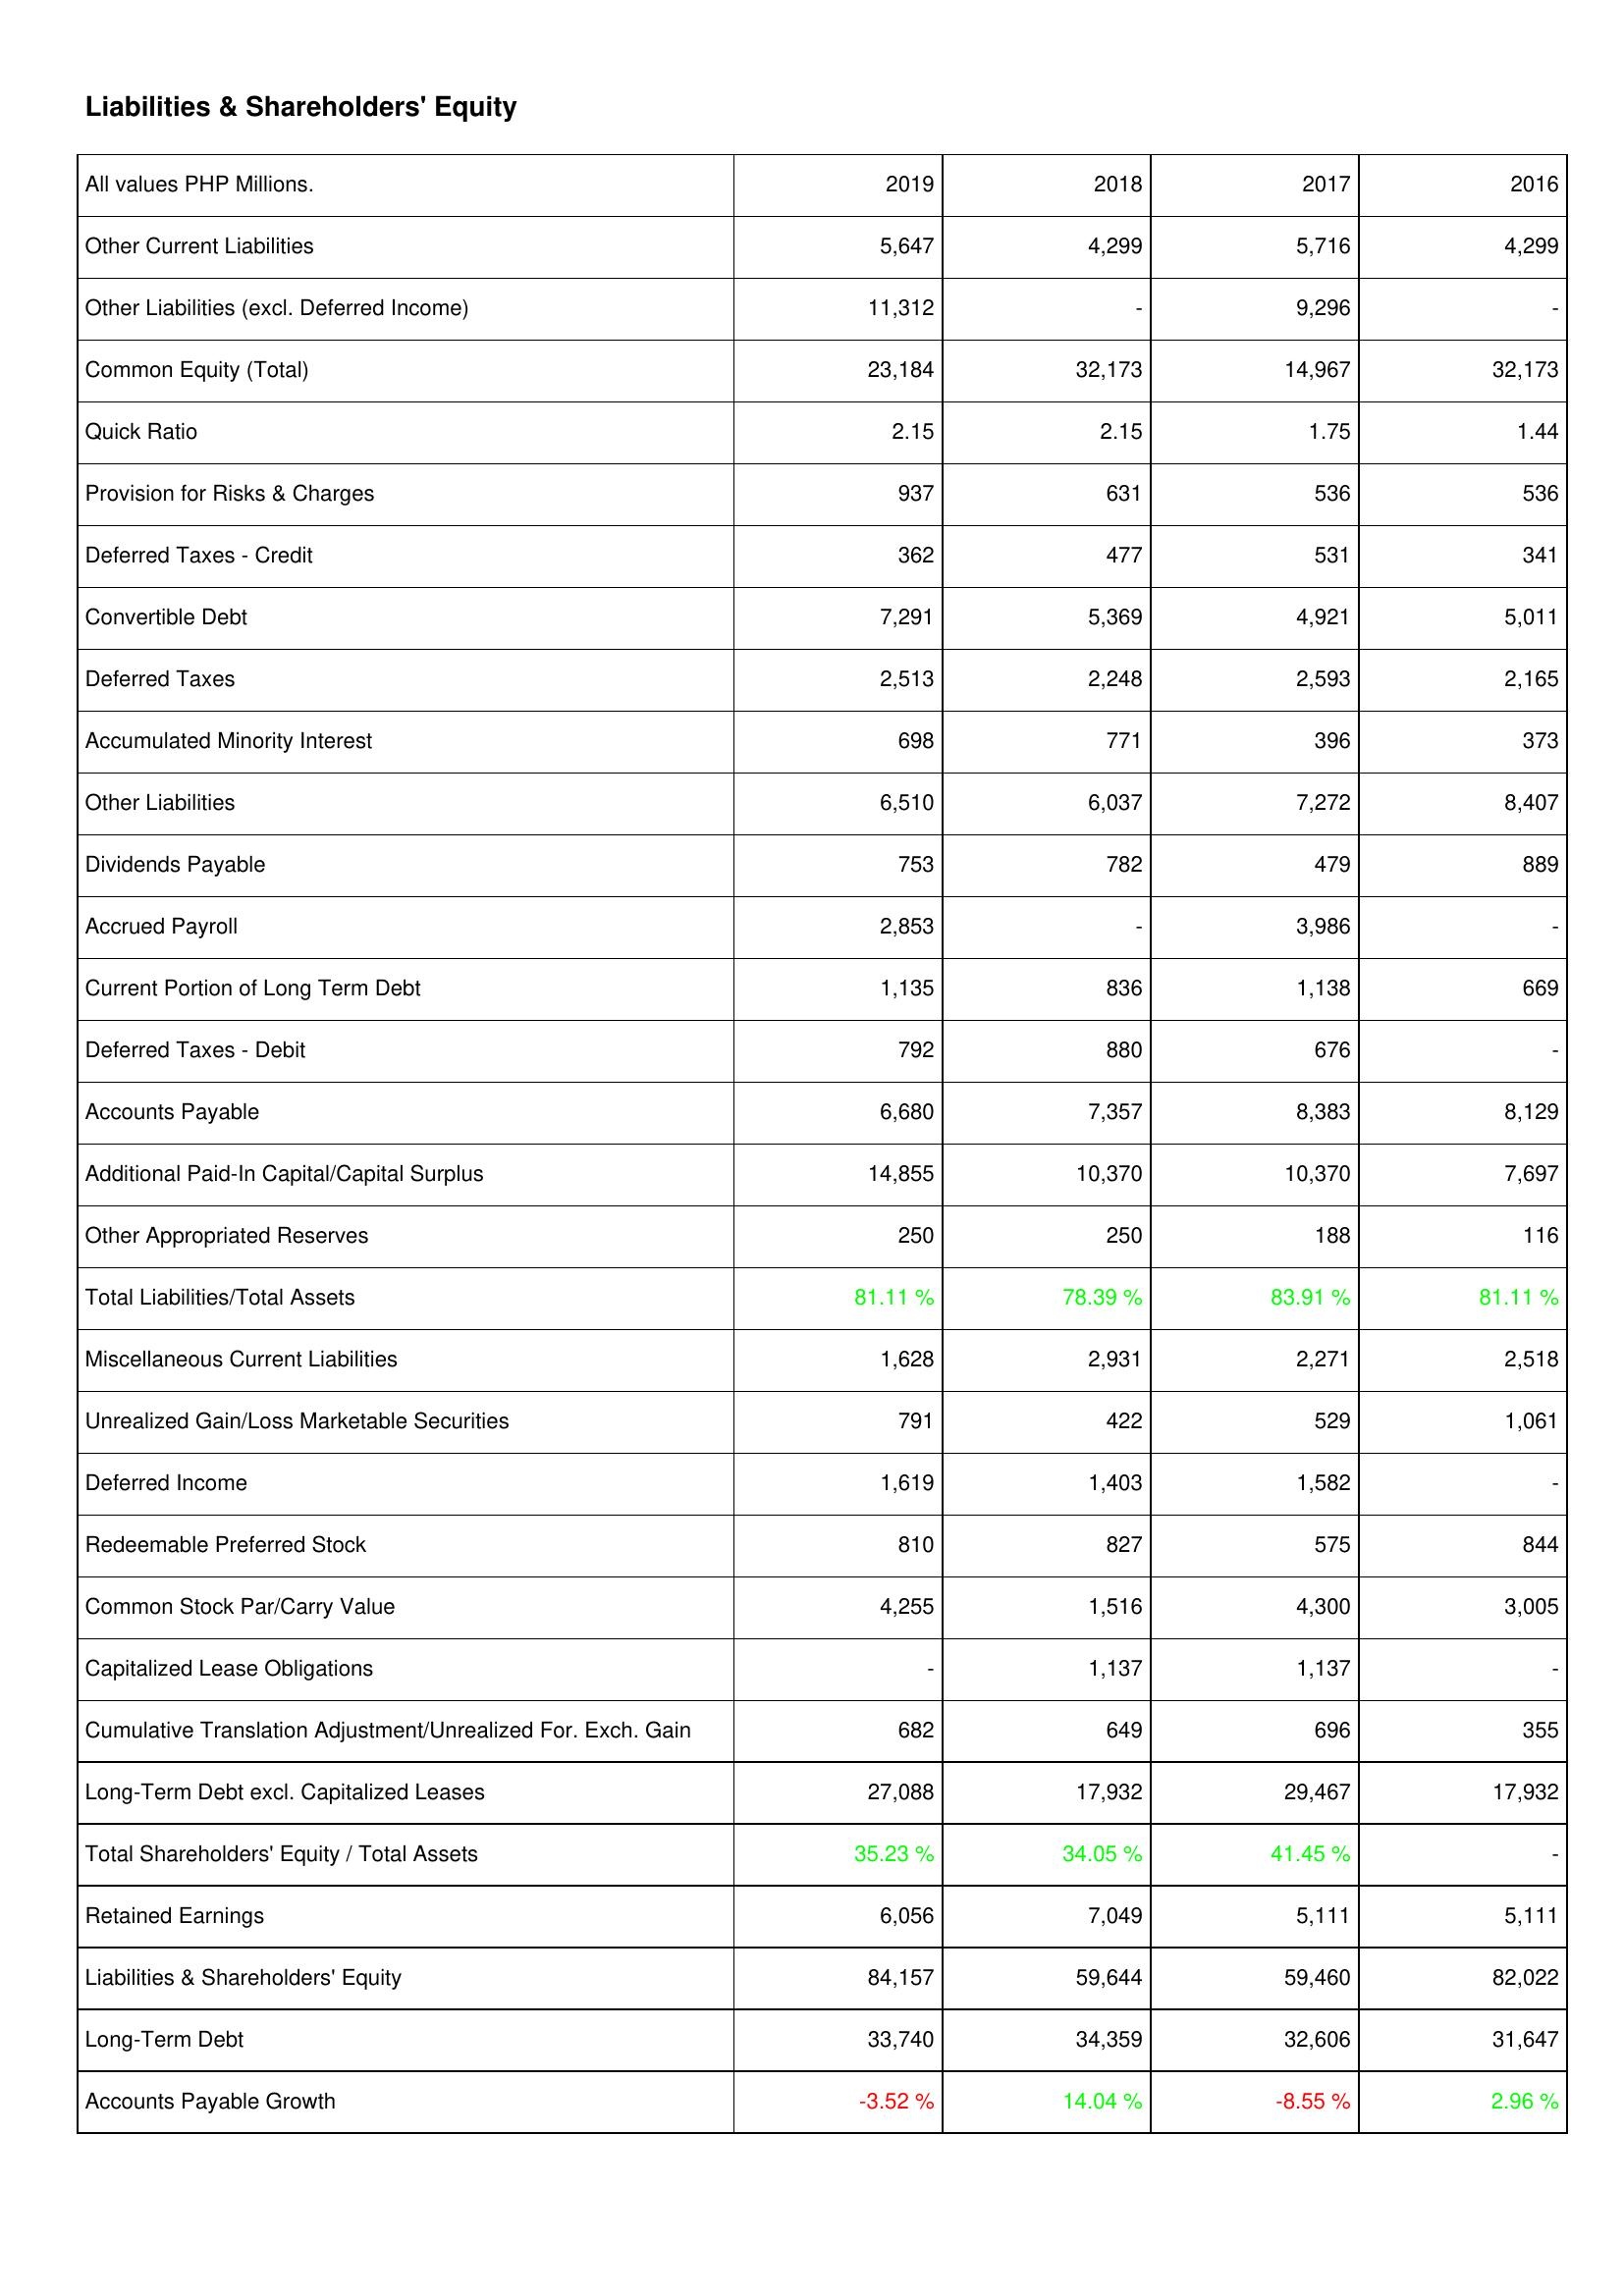
2019: Liabilities & Shareholders' Equity: Other Current Liabilities: 5,647
Other Liabilities (excl. Deferred Income): 11,312
Common Equity (Total): 23,184
Quick Ratio: 2.15
Provision for Risks & Charges: 937
Deferred Taxes - Credit: 362
Convertible Debt: 7,291
Deferred Taxes: 2,513
Accumulated Minority Interest: 698
Other Liabilities: 6,510
Dividends Payable: 753
Accrued Payroll: 2,853
Current Portion of Long Term Debt: 1,135
Deferred Taxes - Debit: 792
Accounts Payable: 6,680
Additional Paid-In Capital/Capital Surplus: 14,855
Other Appropriated Reserves: 250
Total Liabilities/Total Assets: 81.11 %
Miscellaneous Current Liabilities: 1,628
Unrealized Gain/Loss Marketable Securities: 791
Deferred Income: 1,619
Redeemable Preferred Stock: 810
Common Stock Par/Carry Value: 4,255
Capitalized Lease Obligations: -
Cumulative Translation Adjustment/Unrealized For. Exch. Gain: 682
Long-Term Debt excl. Capitalized Leases: 27,088
Total Shareholders' Equity / Total Assets: 35.23 %
Retained Earnings: 6,056
Liabilities & Shareholders' Equity: 84,157
Long-Term Debt: 33,740
Accounts Payable Growth: -3.52 %
2018: Liabilities & Shareholders' Equity: Other Current Liabilities: 4,299
Other Liabilities (excl. Deferred Income): -
Common Equity (Total): 32,173
Quick Ratio: 2.15
Provision for Risks & Charges: 631
Deferred Taxes - Credit: 477
Convertible Debt: 5,369
Deferred Taxes: 2,248
Accumulated Minority Interest: 771
Other Liabilities: 6,037
Dividends Payable: 782
Accrued Payroll: -
Current Portion of Long Term Debt: 836
Deferred Taxes - Debit: 880
Accounts Payable: 7,357
Additional Paid-In Capital/Capital Surplus: 10,370
Other Appropriated Reserves: 250
Total Liabilities/Total Assets: 78.39 %
Miscellaneous Current Liabilities: 2,931
Unrealized Gain/Loss Marketable Securities: 422
Deferred Income: 1,403
Redeemable Preferred Stock: 827
Common Stock Par/Carry Value: 1,516
Capitalized Lease Obligations: 1,137
Cumulative Translation Adjustment/Unrealized For. Exch. Gain: 649
Long-Term Debt excl. Capitalized Leases: 17,932
Total Shareholders' Equity / Total Assets: 34.05 %
Retained Earnings: 7,049
Liabilities & Shareholders' Equity: 59,644
Long-Term Debt: 34,359
Accounts Payable Growth: 14.04 %
2017: Liabilities & Shareholders' Equity: Other Current Liabilities: 5,716
Other Liabilities (excl. Deferred Income): 9,296
Common Equity (Total): 14,967
Quick Ratio: 1.75
Provision for Risks & Charges: 536
Deferred Taxes - Credit: 531
Convertible Debt: 4,921
Deferred Taxes: 2,593
Accumulated Minority Interest: 396
Other Liabilities: 7,272
Dividends Payable: 479
Accrued Payroll: 3,986
Current Portion of Long Term Debt: 1,138
Deferred Taxes - Debit: 676
Accounts Payable: 8,383
Additional Paid-In Capital/Capital Surplus: 10,370
Other Appropriated Reserves: 188
Total Liabilities/Total Assets: 83.91 %
Miscellaneous Current Liabilities: 2,271
Unrealized Gain/Loss Marketable Securities: 529
Deferred Income: 1,582
Redeemable Preferred Stock: 575
Common Stock Par/Carry Value: 4,300
Capitalized Lease Obligations: 1,137
Cumulative Translation Adjustment/Unrealized For. Exch. Gain: 696
Long-Term Debt excl. Capitalized Leases: 29,467
Total Shareholders' Equity / Total Assets: 41.45 %
Retained Earnings: 5,111
Liabilities & Shareholders' Equity: 59,460
Long-Term Debt: 32,606
Accounts Payable Growth: -8.55 %
2016: Liabilities & Shareholders' Equity: Other Current Liabilities: 4,299
Other Liabilities (excl. Deferred Income): -
Common Equity (Total): 32,173
Quick Ratio: 1.44
Provision for Risks & Charges: 536
Deferred Taxes - Credit: 341
Convertible Debt: 5,011
Deferred Taxes: 2,165
Accumulated Minority Interest: 373
Other Liabilities: 8,407
Dividends Payable: 889
Accrued Payroll: -
Current Portion of Long Term Debt: 669
Deferred Taxes - Debit: -
Accounts Payable: 8,129
Additional Paid-In Capital/Capital Surplus: 7,697
Other Appropriated Reserves: 116
Total Liabilities/Total Assets: 81.11 %
Miscellaneous Current Liabilities: 2,518
Unrealized Gain/Loss Marketable Securities: 1,061
Deferred Income: -
Redeemable Preferred Stock: 844
Common Stock Par/Carry Value: 3,005
Capitalized Lease Obligations: -
Cumulative Translation Adjustment/Unrealized For. Exch. Gain: 355
Long-Term Debt excl. Capitalized Leases: 17,932
Total Shareholders' Equity / Total Assets: -
Retained Earnings: 5,111
Liabilities & Shareholders' Equity: 82,022
Long-Term Debt: 31,647
Accounts Payable Growth: 2.96 %